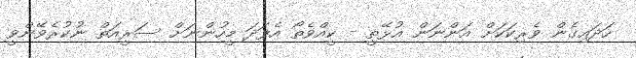
ހަދައިގެން ވެރިކަކަަށް އަންނަން އުޅޭތީ - ކީއްވެތޯ އެފަދަ މީހުންނަށް ސަރީއަތް ނުކުރެވޭންވީ